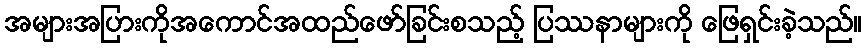
အများအပြားကိုအကောင်အထည်ဖော်ခြင်းစသည့် ပြဿနာများကို ဖြေရှင်းခဲ့သည်။